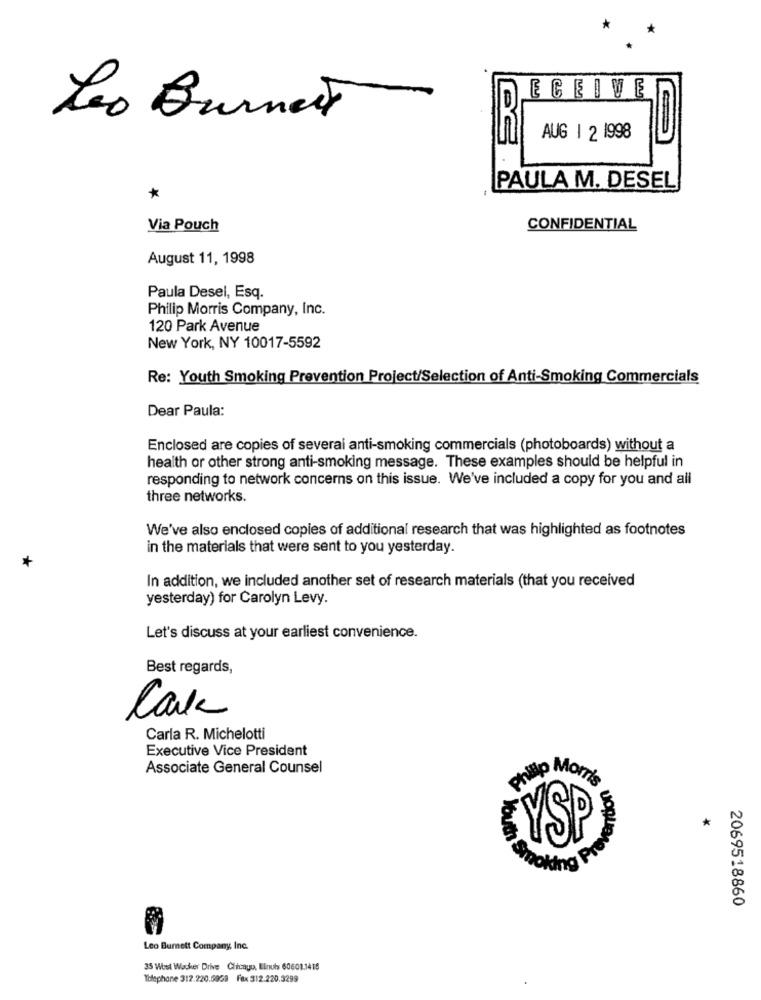
ECEIVE
Leo Burnett
AUG 1 2 1998
PAULA M. DESEL
*
Via Pouch
CONFIDENTIAL
August 11, 1998
Paula Desel, Esq.
Philip Morris Company, Inc.
120 Park Avenue
New York, NY 10017-5592
Re: Youth Smoking Prevention Project/Selection of Anti-Smoking Commercials
Dear Paula:
Enclosed are copies of several anti-smoking commercials (photoboards) without a
health or other strong anti-smoking message. These examples should be helpful in
responding to network concerns on this issue. We've included a copy for you and all
three networks.
We've also enclosed copies of additional research that was highlighted as footnotes
in the materials that were sent to you yesterday.
+
In addition, we included another set of research materials (that you received
yesterday) for Carolyn Levy.
Let's discuss at your earliest convenience.
Best regards,
Cake
Carla R. Michelotti
Executive Vice President
Associate General Counsel
Phillip Morris
*
bu
YSP
2069518860
Leo Burnett Company, Inc.
35 West Wacker Drive Chicago, Einuhs 60601.1415
Yolephone 312.220.5968 Fax 312.220.3299